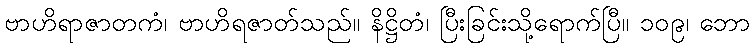
ဗာဟိရာဇာတကံ၊ ဗာဟိရဇာတ်သည်။ နိဋ္ဌိတံ၊ ပြီးခြင်းသို့ရောက်ပြီ။ ၁၀၉၊ ဘော